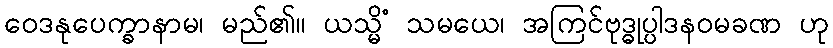
ဝေဒနုပေက္ခာနာမ၊ မည်၏။ ယသ္မိံ သမယေ၊ အကြင်ဗုဒ္ဓုပ္ပါဒနဝမခဏ ဟု